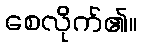
စေလိုက်၏။